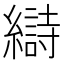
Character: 𫄋